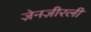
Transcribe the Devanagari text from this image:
ज़ेनज़ीरली